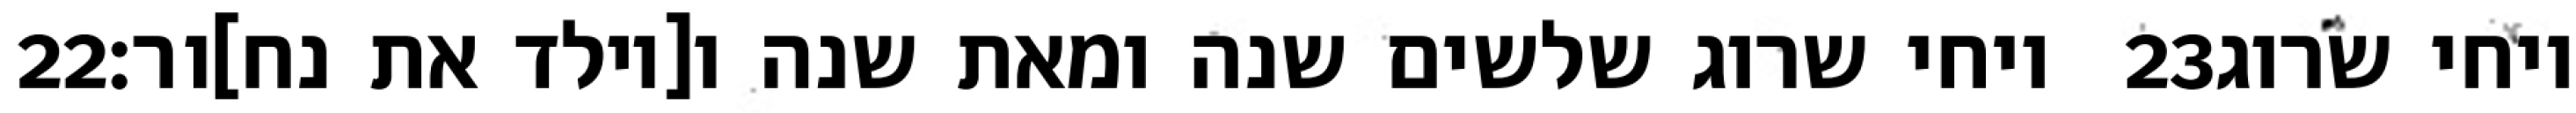
‎22‏ ויחי שרוג שלשים שנה ומאת שנה ו[יולד את נח]ור׃ ‎23‏ ויחי שרוג